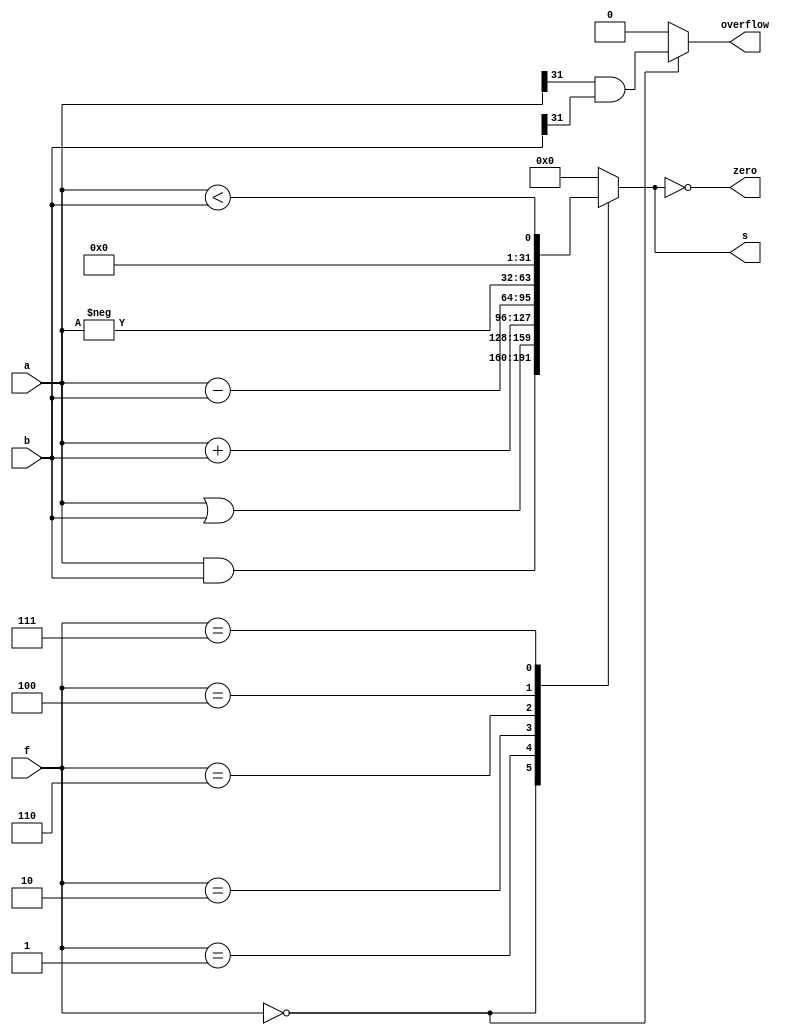
module alu(
    input wire [31:0] a,
    input wire [31:0] b,
    input wire [2:0] f,
    output reg [31:0] s,
    output reg overflow,
    output wire zero
    );
    
    always @(*) begin
        case (f)
            3'b000: begin
                s<= a & b;
                overflow <= a[31] & b[31];
            end
            3'b001: begin
                s<= a | b;
                overflow <= 0;
            end
            3'b010: begin
                s<= a + b;
                overflow <= 0;
            end
            3'b110: begin
                s<= a - b;
                overflow <= 0;
            end
            3'b100: begin
                s<= -a;
                overflow <= 0;
            end
            3'b111: begin
                s<= (a<b);
                overflow <= 0;
            end
            default: begin
                s<=32'b0;
                overflow <= 0;
            end
        endcase
    end
    assign zero = (s == 32'b0);
endmodule